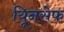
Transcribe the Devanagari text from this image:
यिूनसेफ